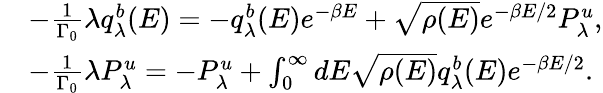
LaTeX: \begin{array}{rl}&{-\frac{1}{\Gamma_{0}}\lambda q_{\lambda}^{b}(E)=-q_{\lambda}^{b}(E)e^{-\beta E}+\sqrt{\rho(E)}e^{-\beta E/2}P_{\lambda}^{u},}\\ &{-\frac{1}{\Gamma_{0}}\lambda P_{\lambda}^{u}=-P_{\lambda}^{u}+\int_{0}^{\infty}dE\sqrt{\rho(E)}q_{\lambda}^{b}(E)e^{-\beta E/2}.}\end{array}